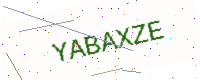
Text: YABAXZE